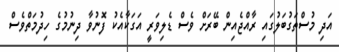
އަދި މުސްތަގުބަލުގައި ރާއްޖެއިން ބޭރަށް ވެސް ޑެލިވަރީ އަގަކާއެކު ފޮނުވާ ދިނުމުގެ ހިދުމަތްވެސް